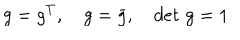
LaTeX: g = g ^ { T } , \quad g = \bar { g } , \quad d e t \, \, g = 1